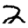
Digit: 2